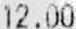
12.00